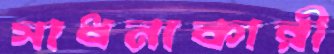
সাধনাকারী